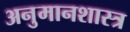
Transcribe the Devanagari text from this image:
अनुमानशास्त्र